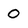
Character: 0